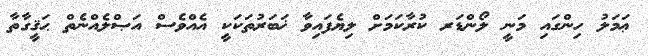
ޢަމަލު ހިންގައި މަނީ ލޯންޑަރ ކުރާކަމަށް ލިޔެފައިވާ ޚަބަރުތަކަކީ އެއްވެސް އަޞްލެއްނެތް ޙަޤީގާތާ